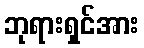
ဘုရားရှင်အား